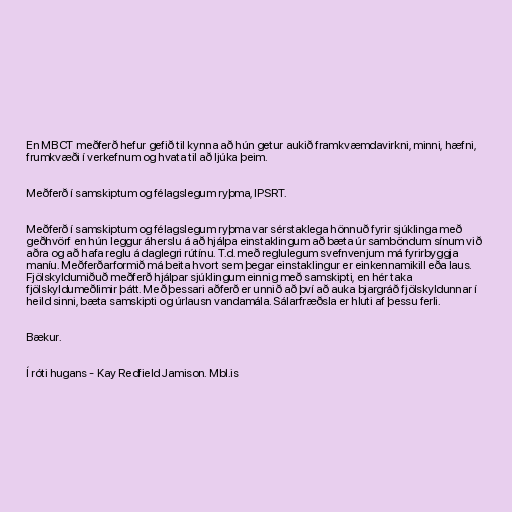
En MBCT meðferð hefur gefið til kynna að hún getur aukið framkvæmdavirkni, minni, hæfni,
frumkvæði í verkefnum og hvata til að ljúka þeim.

Meðferð í samskiptum og félagslegum ryþma, IPSRT.

Meðferð í samskiptum og félagslegum ryþma var sérstaklega hönnuð fyrir sjúklinga með
geðhvörf en hún leggur áherslu á að hjálpa einstaklingum að bæta úr samböndum sínum við
aðra og að hafa reglu á daglegri rútínu. T.d. með reglulegum svefnvenjum má fyrirbyggja
maníu. Meðferðarformið má beita hvort sem þegar einstaklingur er einkennamikill eða laus.
Fjölskyldumiðuð meðferð hjálpar sjúklingum einnig með samskipti, en hér taka
fjölskyldumeðlimir þátt. Með þessari aðferð er unnið að því að auka bjargráð fjölskyldunnar í
heild sinni, bæta samskipti og úrlausn vandamála. Sálarfræðsla er hluti af þessu ferli.

Bækur.

Í róti hugans - Kay Redfield Jamison. Mbl.is